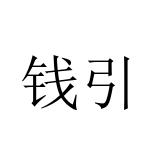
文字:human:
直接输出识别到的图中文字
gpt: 钱引